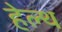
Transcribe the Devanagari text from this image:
हेल्‍थ